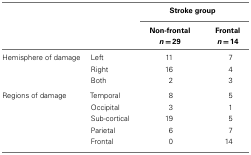
|  |  | <COLSPAN=2> Stroke group |
 |  |  | Non-frontal n = 29 | Frontal n = 14 |
 | --- | --- | --- | --- |
 | Hemisphere of damage | Left | 11 | 7 |
 |  | Right | 16 | 4 |
 |  | Both | 2 | 3 |
 | Regions of damage | Temporal | 8 | 5 |
 |  | Occipital | 3 | 1 |
 |  | Sub-cortical | 19 | 5 |
 |  | Parietal | 6 | 7 |
 |  | Frontal | 0 | 14 |